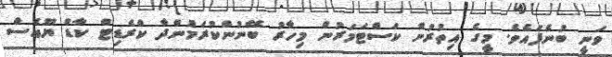
ވަނީ ބުނެފައެވެ. މީގެ އިތުރުން ކަސްޓަމަރުން މިހާރު ބޭނުންކުރަމުންދާ ކްރެޑިޓް ކާޑް ޔޫއެސް